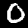
Label: 0